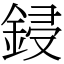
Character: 鋟